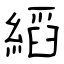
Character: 縚